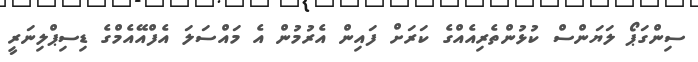
ސިންގަޕޯ ލަޔަންސް ކުޅުންތެރިއެއްގެ ކަރަށް ފައިން އެރުމުން އެ މައްސަލަ އެފްއޭއެމްގެ ޑިސިޕްލިނަރީ